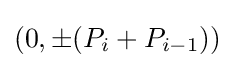
(0,\pm (P_{i}+P_{i-1}))